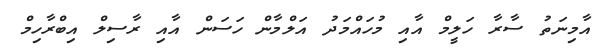
އާމިނަތު ސާރާ ހަލީމް އާއި މުހައްމަދު އަލްމާން ހަސަން އާއި ރާސިލް އިބްރާހިމް